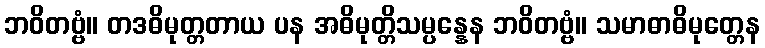
ဘဝိတဗ္ဗံ။ တဒဓိမုတ္တတာယ ပန အဓိမုတ္တိသမ္ပန္နေန ဘဝိတဗ္ဗံ။ သမာဓာဓိမုတ္တေန